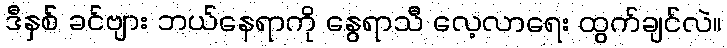
ဒီနှစ် ခင်ဗျား ဘယ်နေရာကို နွေရာသီ လေ့လာရေး ထွက်ချင်လဲ။